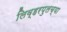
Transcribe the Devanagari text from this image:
लिव्हरपुलच्या